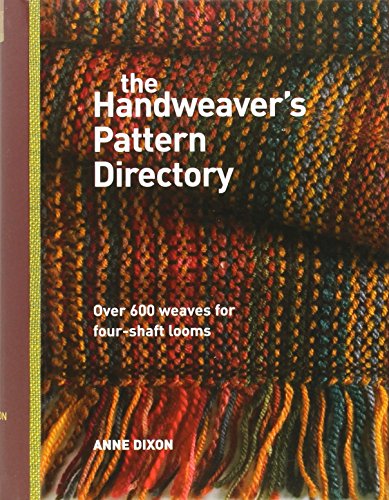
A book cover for The Handweaver's Pattern Directory; Anne Dixon; Crafts, Hobbies & Home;